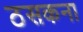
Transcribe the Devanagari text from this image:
ठसकना